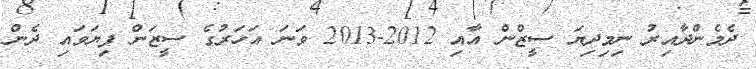
ދެމެންދާއިރު ނިމިދިޔަ ސީޒްން އާއި 2012-2013 ވަނަ އަހަރުގެ ސީޒަން ފިޔަވައި ދެން